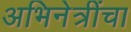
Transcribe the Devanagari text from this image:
अभिनेत्रींचा